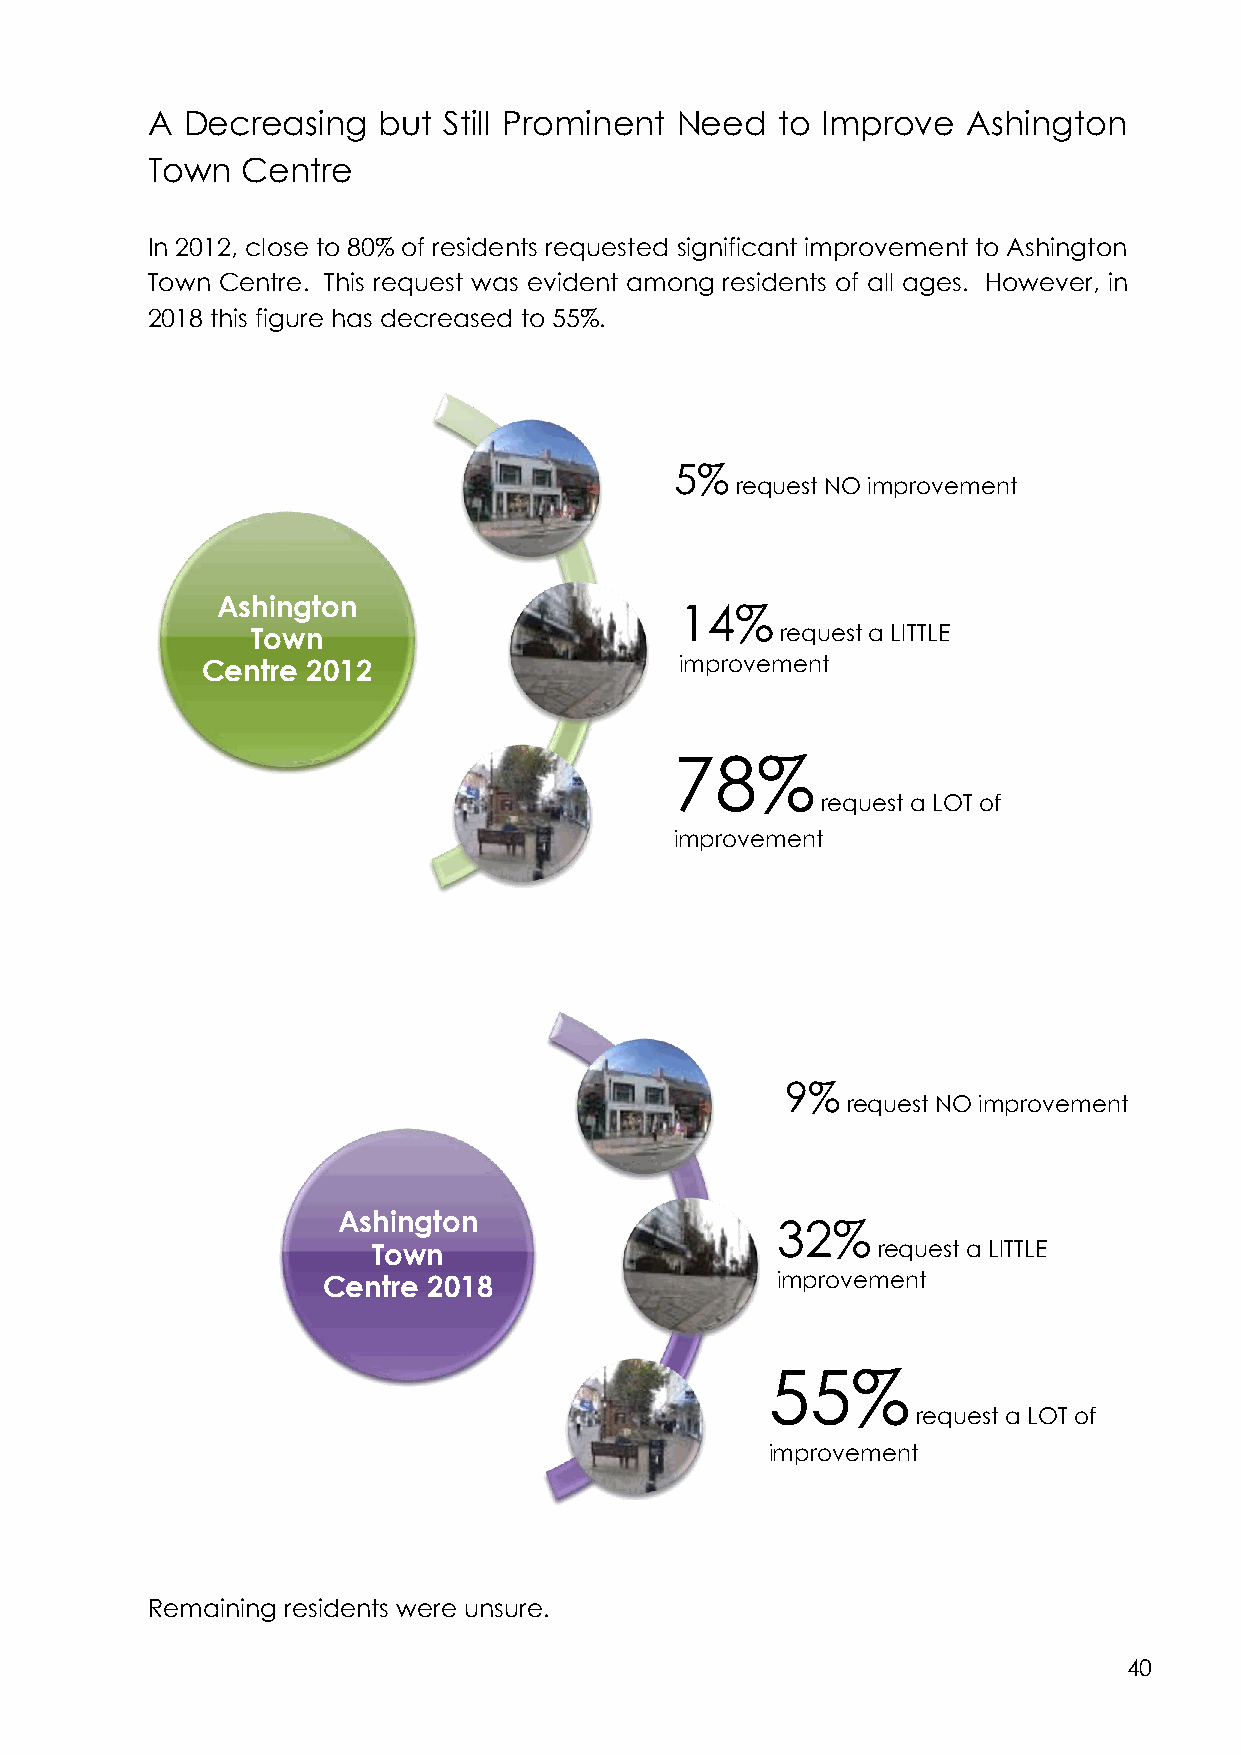
A Decreasing   but Still Prominent Need   to Improve  Ashington
 Town  Centre
 In 2012, close to 80% of residents requested significant improvement to Ashington
 Town Centre. This request was evident among residents of all ages. However, in
 2018 this figure has decreased to 55%.
 5%
 request NO improvement
 Ashington
 14%
 Town                               request a LITTLE
 Centre 2012                     improvement
 78%
 request a LOT of
 improvement
 9%
 request NO improvement
 Ashington
 32%
 Town                             request a LITTLE
 Centre 2018                   improvement
 55%
 request a LOT of
 improvement
 Remaining residents were unsure.
 40